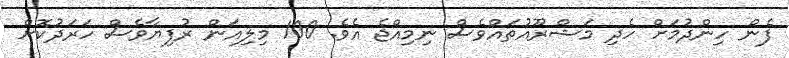
ފެން ހިންދުމަށް ހެދި މަޝްރޫއުތައްވެސް ނިމިއްޖެ އެވެ. 100 މިލިއަން ރުފިޔާވެސް ހަރަދުކޮށް